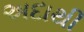
અદાથી